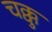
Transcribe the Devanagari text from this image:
चक्कु